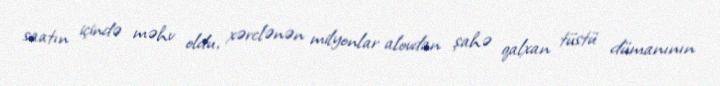
saatın içində məhv oldu, xərclənən milyonlar alovdan şahə qalxan tüstü dümanının